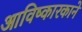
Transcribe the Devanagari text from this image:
आविष्कारकाने